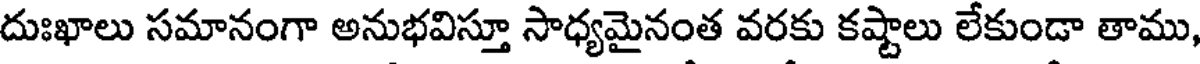
దుఃఖాలు సమానంగా అనుభవిస్తూ సాధ్యమైనంత వరకు కష్టాలు లేకుండా తాము,